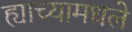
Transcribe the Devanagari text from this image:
ह्याच्यामधले